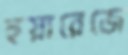
হুয়ারেজে